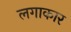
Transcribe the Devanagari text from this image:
लगाकार